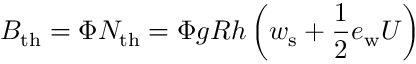
B _ { \mathrm { t h } } = \Phi N _ { \mathrm { t h } } = \Phi g R h \left( w _ { \mathrm { s } } + \frac { 1 } { 2 } e _ { \mathrm { w } } U \right)